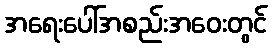
အရေးပေါ်အစည်းအဝေးတွင်